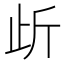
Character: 𭭜